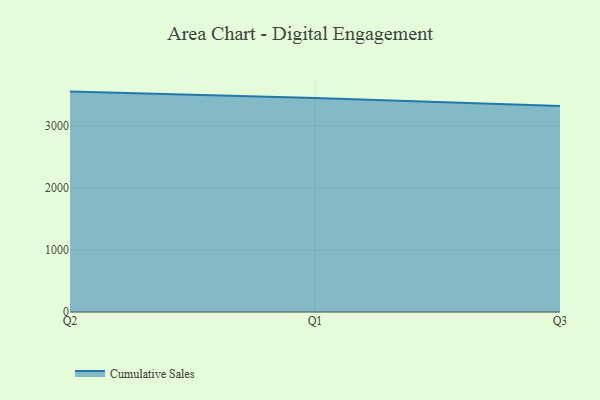
{"axis": {"x": "Quarter", "y": "Tickets Resolved"}, "legend": ["Cumulative Sales"], "data": [{"x": "Q2", "y": 3551.6, "type": "Cumulative Sales"}, {"x": "Q1", "y": 3450.4, "type": "Cumulative Sales"}, {"x": "Q3", "y": 3318.2, "type": "Cumulative Sales"}]}